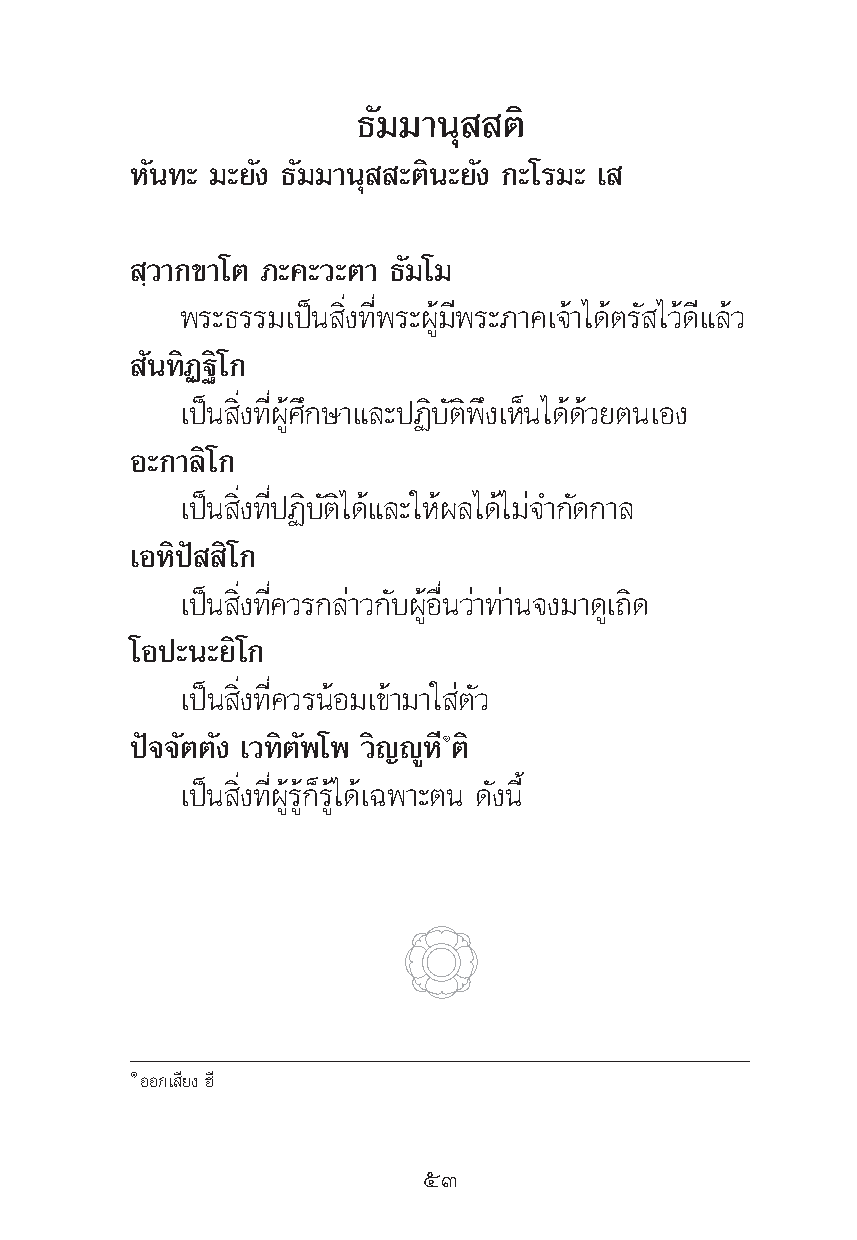
∏—¡¡“πÿ  μ‘
 À—π∑– ¡–¬—ß ∏—¡¡“πÿ –μ‘π–¬—ß °–‚√¡– ‡
 ⁄«“°¢“‚μ ¿–§–«–μ“ ∏—¡‚¡
 æ√–∏√√¡‡ªìπ ‘Ëß∑’Ëæ√–ºŸâ¡’æ√–¿“§‡®â“‰¥âμ√— ‰«â¥’·≈â«
 —π∑‘Ø∞‘‚°
 ‡ªìπ ‘Ëß∑’ËºŸâ»÷°…“·≈–ªØ‘∫—μ‘æ÷ß‡ÀÁπ‰¥â¥â«¬μπ‡Õß
 Õ–°“≈‘‚°
 ‡ªìπ ‘Ëß∑’ËªØ‘∫—μ‘‰¥â·≈–„Àâº≈‰¥â‰¡à®”°—¥°“≈
 ‡ÕÀ‘ªí ‘‚°
 ‡ªìπ ‘Ëß∑’Ë§«√°≈à“«°—∫ºŸâÕ◊Ëπ«à“∑à“π®ß¡“¥Ÿ‡∂‘¥
 ‚Õª–π–¬‘‚°
 ‡ªìπ ‘Ëß∑’Ë§«√πâÕ¡‡¢â“¡“„ àμ—«
 ªí®®—μμ—ß ‡«∑‘μ—æ‚æ «‘≠êŸÀÒ’ μ‘
 ‡ªìπ ‘Ëß∑’ËºŸâ√Ÿâ°Á√Ÿâ‰¥â‡©æ“–μπ ¥—ßπ’È
 ÒÕÕ°‡ ’¬ß Œ’
 ıÛ